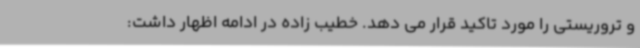
و تروریستی را مورد تاکید قرار می دهد. خطیب زاده در ادامه اظهار داشت: